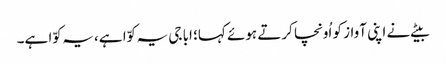
بیٹے نے اپنی آواز کو اُونچا کرتے ہوئے کہا؛ ابا جی یہ کوّا ہے، یہ کوّا ہے۔